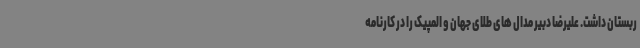
ربستان داشت. علیرضا دبیر مدال های طلای جهان و المپیک را در کارنامه